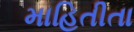
માહિતીતા